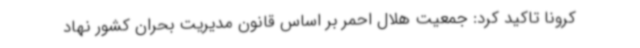
کرونا تاکید کرد: جمعیت هلال احمر بر اساس قانون مدیریت بحران کشور نهاد